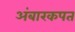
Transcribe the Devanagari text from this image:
अंबारकपत